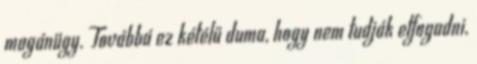
magánügy. Továbbá ez kétélű duma, hogy nem tudják elfogadni,